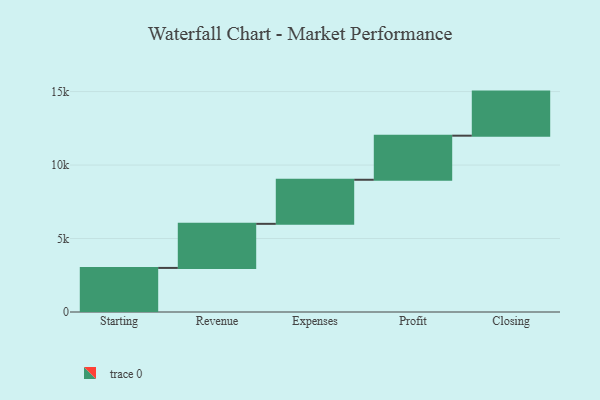
{"axis": {"x": "Step", "y": "Value"}, "legend": [""], "data": [{"x": "Starting", "y": 3000, "type": ""}, {"x": "Revenue", "y": 3000, "type": ""}, {"x": "Expenses", "y": 3000, "type": ""}, {"x": "Profit", "y": 3000, "type": ""}, {"x": "Closing", "y": 3000, "type": ""}]}